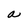
Character: a